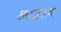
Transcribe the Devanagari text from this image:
आज्ञान